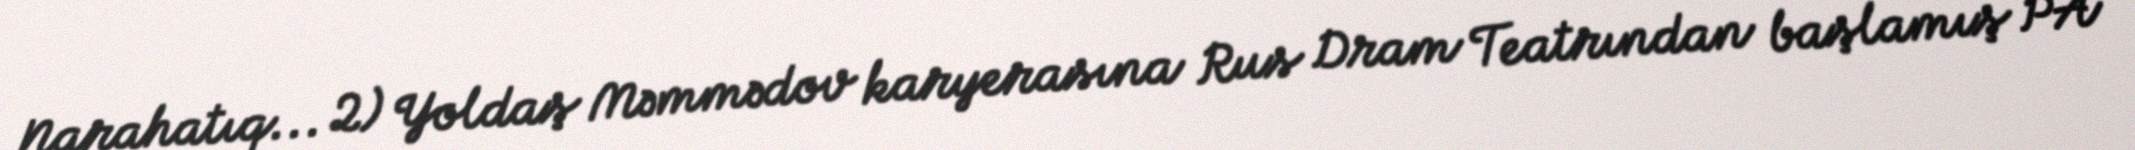
Narahatıq... 2) Yoldaş Məmmədov karyerasına Rus Dram Teatrından başlamış PA